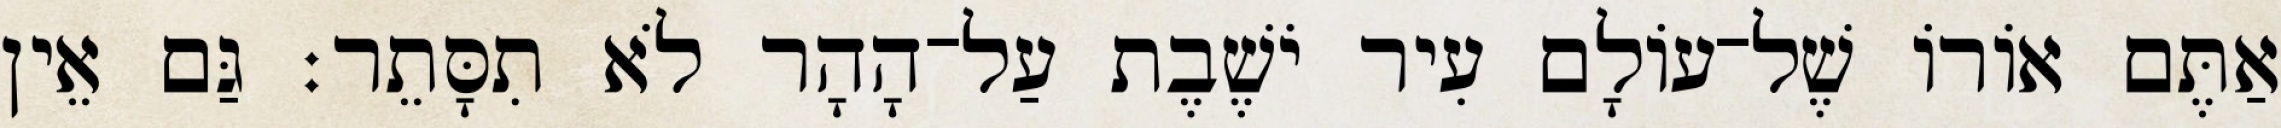
אַתֶּם אוֹרוֹ שֶׁל־עוֹלָם עִיר יֹשֶׁבֶת עַל־הָהָר לֹא תִסָּתֵר׃ גַּם אֵין